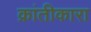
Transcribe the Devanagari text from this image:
क्रांतीकारा